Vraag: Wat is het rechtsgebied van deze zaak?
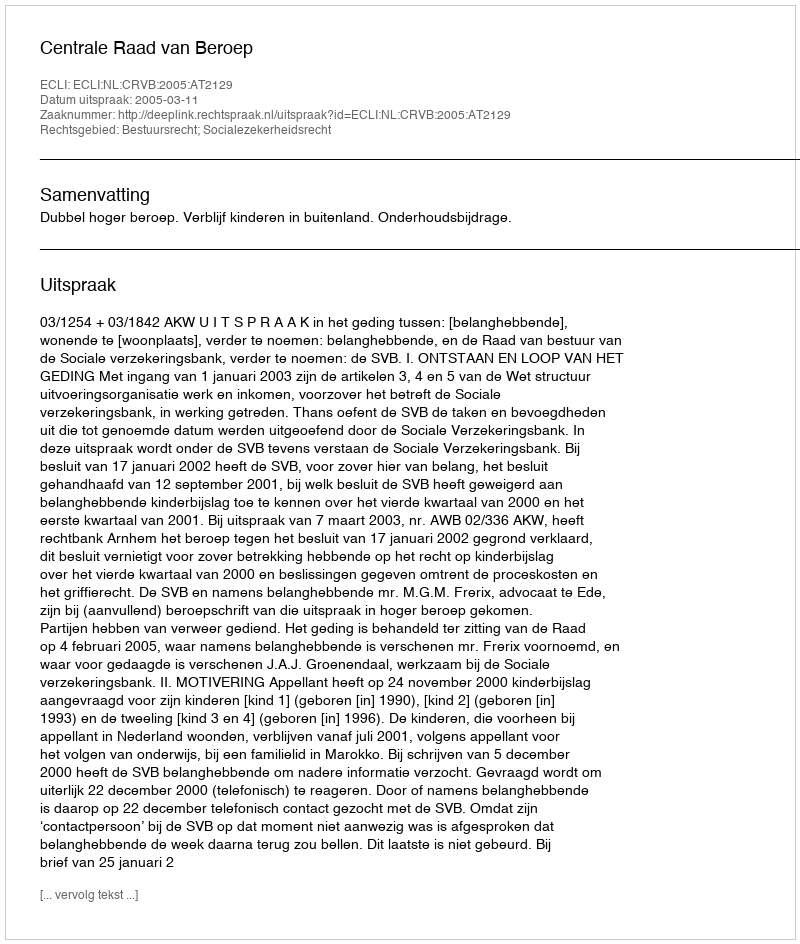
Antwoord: Bestuursrecht; Socialezekerheidsrecht